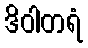
ဒိဝါတရံ